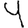
Digit: 4